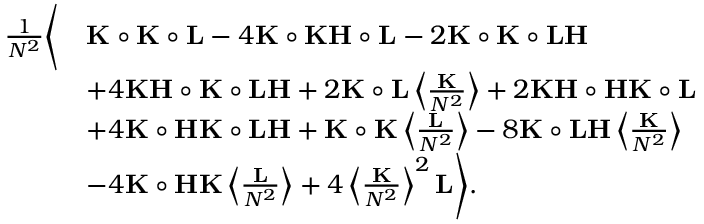
\begin{array} { r l } { \frac { 1 } { N ^ { 2 } } \Bigg \langle } & { \mathbf K \circ \mathbf K \circ \mathbf L - 4 \mathbf K \circ \mathbf K \mathbf H \circ \mathbf L - 2 \mathbf K \circ \mathbf K \circ \mathbf L \mathbf H } \\ & { + 4 \mathbf K \mathbf H \circ \mathbf K \circ \mathbf L \mathbf H + 2 \mathbf K \circ \mathbf L \left\langle \frac { \mathbf K } { N ^ { 2 } } \right\rangle + 2 \mathbf K \mathbf H \circ \mathbf H \mathbf K \circ \mathbf L } \\ & { + 4 \mathbf K \circ \mathbf H \mathbf K \circ \mathbf L \mathbf H + \mathbf K \circ \mathbf K \left\langle \frac { \mathbf L } { N ^ { 2 } } \right\rangle - 8 \mathbf K \circ \mathbf L \mathbf H \left\langle \frac { \mathbf K } { N ^ { 2 } } \right\rangle } \\ & { - 4 \mathbf K \circ \mathbf H \mathbf K \left\langle \frac { \mathbf L } { N ^ { 2 } } \right\rangle + 4 \left\langle \frac { \mathbf K } { N ^ { 2 } } \right\rangle ^ { 2 } \mathbf L \Bigg \rangle . } \end{array}